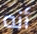
أنه